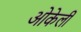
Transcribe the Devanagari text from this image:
ओकेली